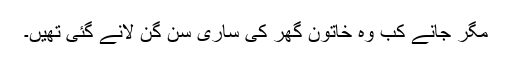
مگر جانے کب وہ خاتون گھر کی ساری سن گن لانے گئی تھیں۔